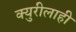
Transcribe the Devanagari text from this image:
क्युरीलाही